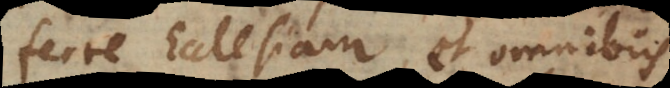
ferre Ecclesiam, et omnibus